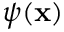
\psi ( \mathbf x )